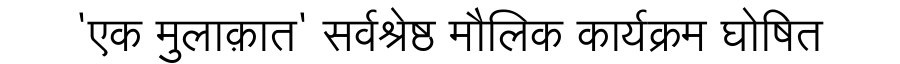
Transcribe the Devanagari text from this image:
'एक मुलाक़ात' सर्वश्रेष्ठ मौलिक कार्यक्रम घोषित